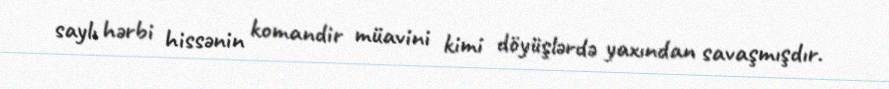
saylı hərbi hissənin komandir müavini kimi döyüşlərdə yaxından savaşmışdır.